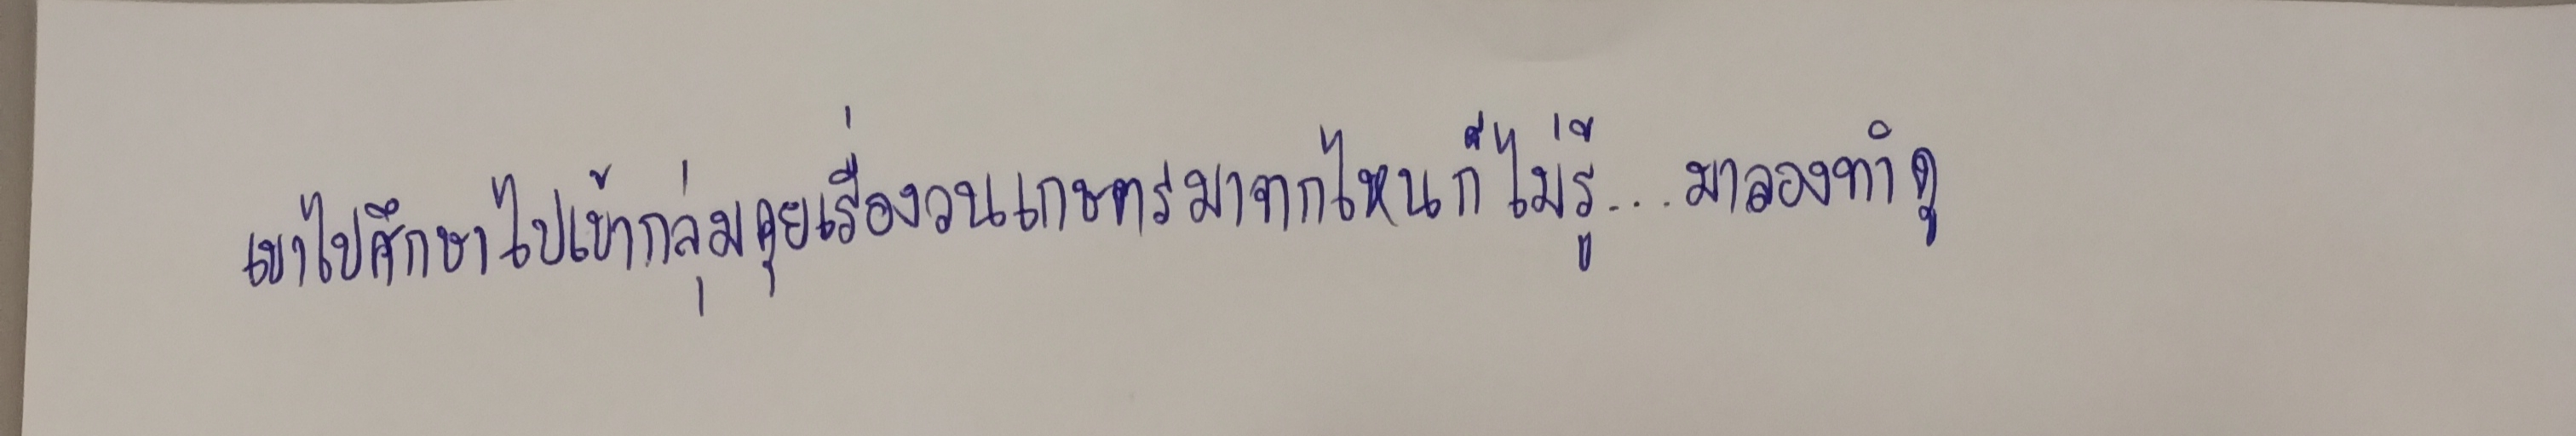
เขาไปศึกษาไปเข้ากลุ่มคุยเรื่องวนเกษตรมาจากไหนก็ไม่รู้...มาลองทำดู